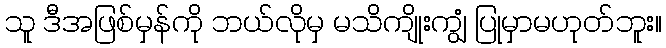
သူ ဒီအဖြစ်မှန်ကို ဘယ်လိုမှ မသိကျိုးကျွံ ပြုမှာမဟုတ်ဘူး။